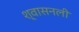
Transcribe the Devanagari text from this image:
श्‍वासनली